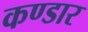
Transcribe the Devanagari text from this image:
कण्डार